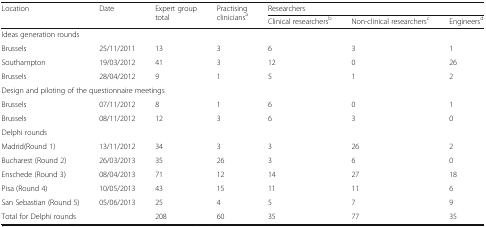
| <ROWSPAN=2> Location | <ROWSPAN=2> Date | <ROWSPAN=2> Expert group total | <ROWSPAN=2> Practising cliniciansa | <COLSPAN=3> Researchers |
 | Clinical researchersb | Non-clinical researchersc | Engineersd |
 | --- | --- | --- | --- | --- | --- | --- |
 | <COLSPAN=7> Ideas generation rounds |
 | Brussels | 25/11/2011 | 13 | 3 | 6 | 3 | 1 |
 | Southampton | 19/03/2012 | 41 | 3 | 12 | 0 | 26 |
 | Brussels | 28/04/2012 | 9 | 1 | 5 | 1 | 2 |
 | <COLSPAN=7> Design and piloting of the questionnaire meetings |
 | Brussels | 07/11/2012 | 8 | 1 | 6 | 0 | 1 |
 | Brussels | 08/11/2012 | 12 | 3 | 6 | 3 | 0 |
 | <COLSPAN=7> Delphi rounds |
 | Madrid(Round 1) | 13/11/2012 | 34 | 3 | 3 | 26 | 2 |
 | Bucharest (Round 2) | 26/03/2013 | 35 | 26 | 3 | 6 | 0 |
 | Enschede (Round 3) | 08/04/2013 | 71 | 12 | 14 | 27 | 18 |
 | Pisa (Round 4) | 10/05/2013 | 43 | 15 | 11 | 11 | 6 |
 | San Sebastian (Round 5) | 05/06/2013 | 25 | 4 | 5 | 7 | 9 |
 | Total for Delphi rounds |  | 208 | 60 | 35 | 77 | 35 |